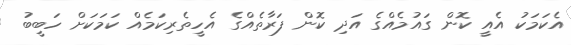
އެކަމަކު އެއީ ކޮން ގައުމެއްގެ އަދި ކޮން ފަރާތެއްގެ އެހީތެރިކަމެއް ކަމަކަށް ހަބީބު